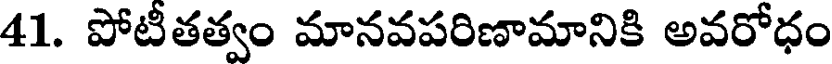
41. పోటీతత్వం మానవపరిణామానికి అవరోధం